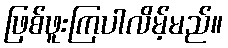
ဖြစ်ဖူးကြပါလိမ့်မည်။